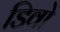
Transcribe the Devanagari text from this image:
डिवो